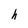
Character: h